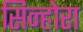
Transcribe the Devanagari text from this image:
सिन्होरा